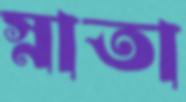
স্নাতা